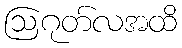
ဩဂုတ်လအထိ